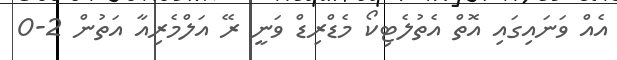
އެއް ވަނައިގައި އޮތް އެތުލެޓިކޯ މެޑްރިޑް ވަނީ ރޭ އަލްމެރިއާ އަތުން 2-0